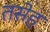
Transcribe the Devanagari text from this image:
तसेह